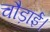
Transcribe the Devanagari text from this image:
चौड़ाई।